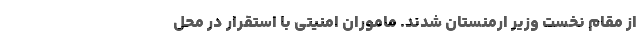
از مقام نخست وزیر ارمنستان شدند. ماموران امنیتی با استقرار در محل